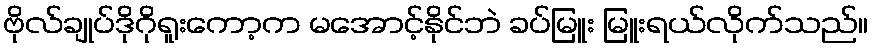
ဗိုလ်ချုပ်ဒိုဂိုရူးကော့က မအောင့်နိုင်ဘဲ ခပ်မြူး မြူးရယ်လိုက်သည်။